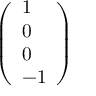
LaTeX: \left( \begin{array} { l } { 1 } \\ { 0 } \\ { 0 } \\ { - 1 } \end{array} \right)